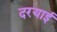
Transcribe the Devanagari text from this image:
दरयाई